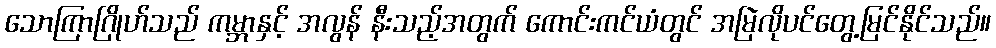
သောကြာဂြိုဟ်သည် ကမ္ဘာနှင့် အလွန် နီးသည့်အတွက် ကောင်းကင်ယံတွင် အမြဲလိုပင်တွေ့မြင်နိုင်သည်။